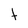
Character: t